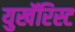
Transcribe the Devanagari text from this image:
युखॅरिस्ट